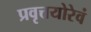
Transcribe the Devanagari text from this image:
प्रवृत्तयोरेवं